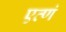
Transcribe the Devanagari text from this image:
एव्णं